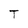
Character: T